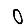
Digit: 0